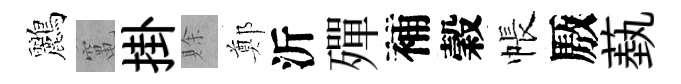
鸝𥧄掛賖鄭沂殫補穀帳厫蓺